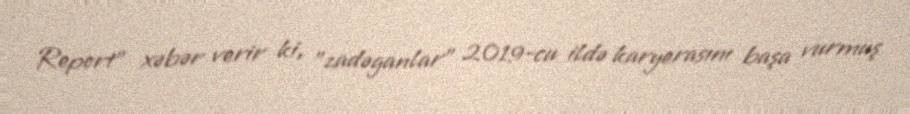
Report" xəbər verir ki, "zadəganlar" 2019-cu ildə karyerasını başa vurmuş